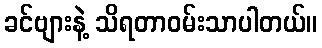
ခင်ဗျားနဲ့ သိရတာဝမ်းသာပါတယ်။